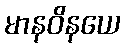
မာနဝိနယေ